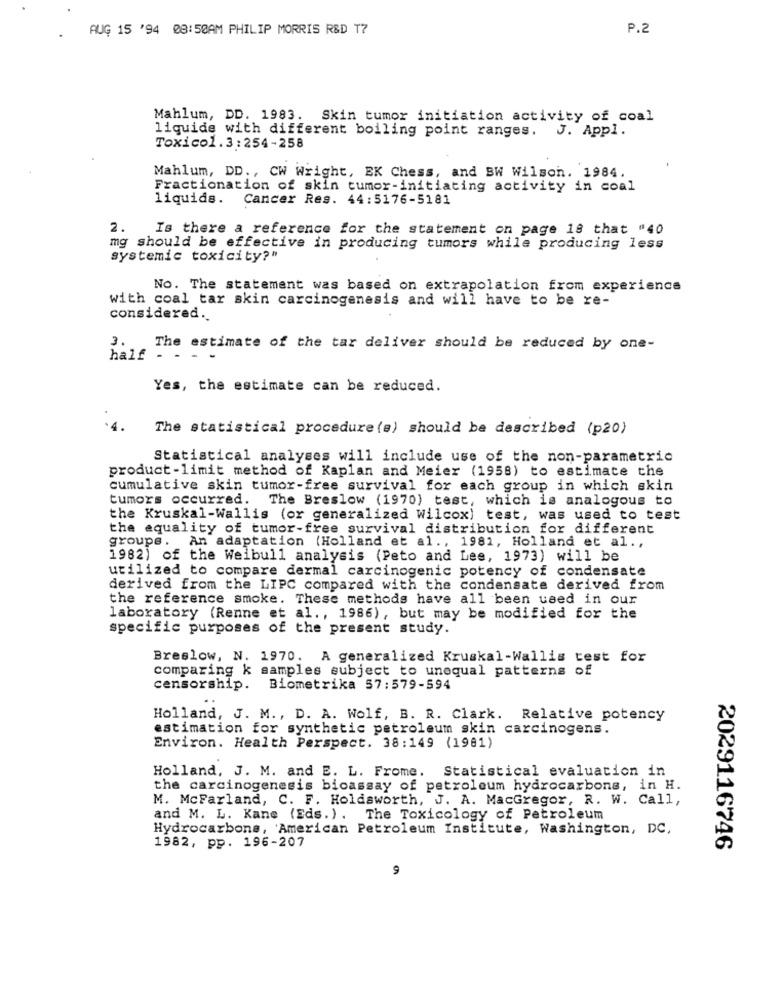
AUG 15 '94 08:50AM PHILIP MORRIS R&D T7
P.2
Mahlum, DD. 1983. Skin tumor initiation activity of coal
liquide with different boiling point ranges. J. Appl.
Toxicol. 3:254-258
Mahlum, DD ., CW Wright, EK Chess, and BW Wilson. 1984.
Fractionation of skin tumor-initiating activity in coal
liquida.
Cancer Res. 44:5176-5181
2. Is there a reference for the statement on page 18 that "40
mg should be effective in producing tumors while producing less
systemic toxicity?"
No. The statement was based on extrapolation from experience
with coal tar skin carcinogenesis and will have to be re-
considered.
3. The estimate of the tar deliver should be reduced by one-
half - - -
Yes, the estimate can be reduced.
The statistical procedure (s) should be described (p20)
Statistical analyses will include use of the non-parametric
product -limit method of Kaplan and Meier (1958) to estimate the
cumulative skin tumor-free survival for each group in which skin
tumors occurred. The Breslow (1970) test, which is analogous to
the Kruskal-Wallis (or generalized Wilcox) test, was used to test
the equality of tumor-free survival distribution for different
groups. An adaptation (Holland et al ., 1981, Holland et al .,
1982) of the Weibull analysis (Peto and Lee, 1973) will be
utilized to compare dermal carcinogenic potency of condensate
derived from the LIPC compared with the condensate derived from
the reference smoke. These methods have all been used in our
laboratory (Renne et al ., 1986), but may be modified for the
specific purposes of the present study.
Breslow, N. 1970. A generalized Kruskal-Wallis test for
comparing k samples subject to unequal patterns of
censorship.
Biometrika 57:579-594
Holland, J. M ., D. A. Wolf, B. R. Clark. Relative potency
estimation for synthetic petroleum skin carcinogens.
Environ. Health Perspect. 38:149 (1981)
Holland, J. M. and E. L. Frome. Statistical evaluation in
the carcinogenesis bioassay of petroleum hydrocarbons, in H.
M. McFarland, C. F. Holdsworth, J. A. MacGregor, R. W. Call,
and M. L. Kane (Eds. ) . The Toxicology of Petroleum
Hydrocarbons, American Petroleum Institute, Washington, DC,
1982, pp. 196-207
2029116746
9